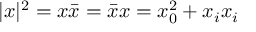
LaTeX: | x | ^ { 2 } = x \bar { x } = \bar { x } x = x _ { 0 } ^ { 2 } + x _ { i } x _ { i }